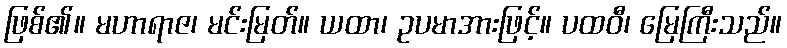
ဖြစ်၏။ မဟာရာဇ၊ မင်းမြတ်။ ယထာ၊ ဥပမာအားဖြင့်။ ပထဝီ၊ မြေကြီးသည်။